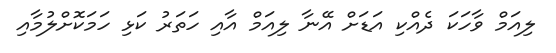
ލިއަމް ވާހަކަ ދެއްކި އަޑަށް އޭނާ ލިއަމް އާއި ހަތަރު ކަޅި ހަމަކޮށްލުމާއި